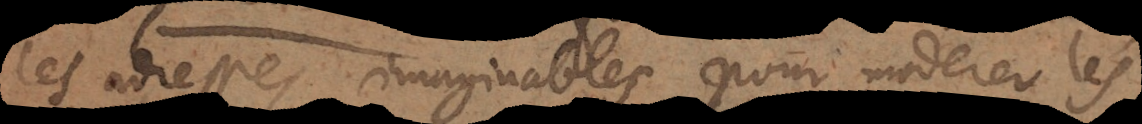
les adresses imaginables pour moderer les